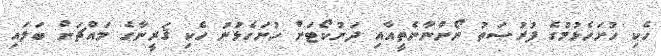
ހެކި ހުށަހެޅުމުގެ ފުރުޞަތު ނޯންނާނެތީއާއި ދަށުކޯޓަށް ހުށަހެޅުނު ހެކި ޤަރީނާގެ މައްޗަށް ބަލައި